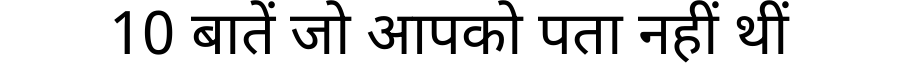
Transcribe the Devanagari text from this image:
10 बातें जो आपको पता नहीं थीं